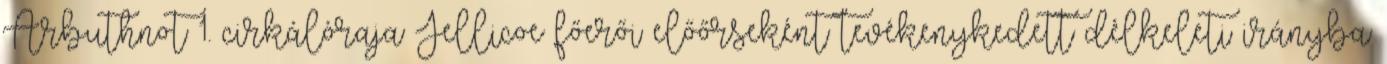
Arbuthnot 1. cirkálóraja Jellicoe főerői előőrseként tevékenykedett délkeleti irányba